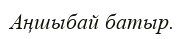
Аңшыбай батыр.